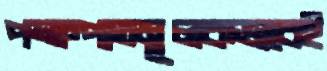
পক্ষপাতমূলকভাবেই